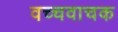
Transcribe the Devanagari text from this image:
वच्चवाचक